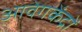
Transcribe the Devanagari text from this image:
आवेगकेंद्रों